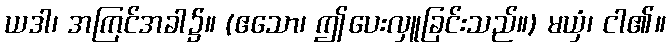
ယဒါ၊ အကြင်အခါ၌။ (ဧသော၊ ဤပေးလှူခြင်းသည်။) မယှံ၊ ငါ၏။